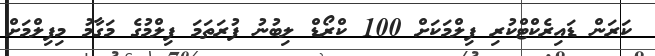
ކަރަން ޑައިރެކްޓްކުރި ފިލްމަކަށް 100 ކްރޯޑް ލިބުނު ފުރަތަމަ ފިލްމުގެ މަގާމު މިފިލްމަށް